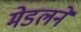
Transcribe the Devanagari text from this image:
मेडलने